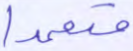
متعمدا